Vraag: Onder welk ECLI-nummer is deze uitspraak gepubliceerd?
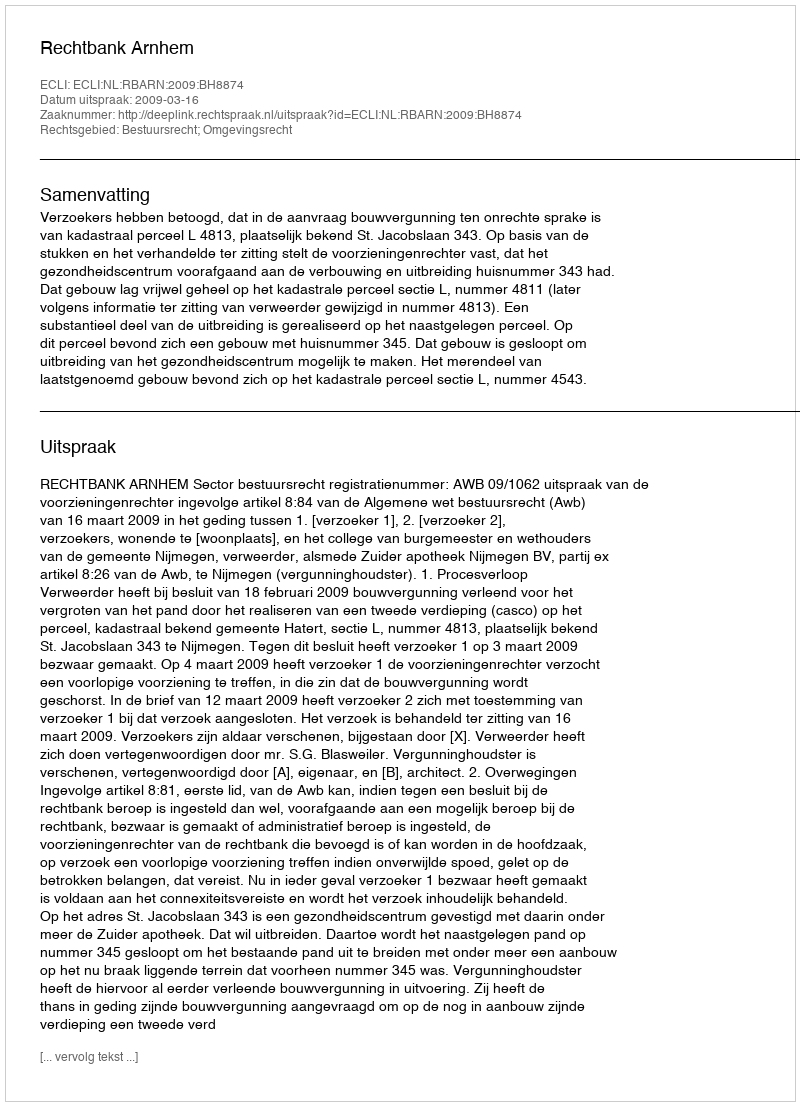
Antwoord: ECLI:NL:RBARN:2009:BH8874